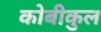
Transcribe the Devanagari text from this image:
कोबीकुल